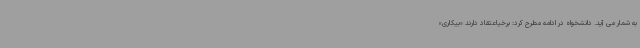
به شمار می آید. دانشخواه در ادامه مطرح کرد: برخیاعتقاد دارند «بیکاری»